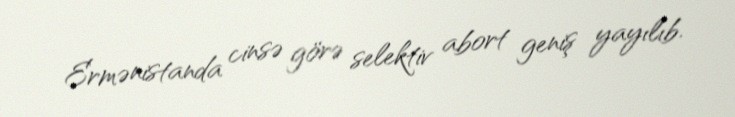
Ermənistanda cinsə görə selektiv abort geniş yayılıb.